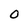
Character: O